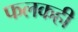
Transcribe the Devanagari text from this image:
फलकही